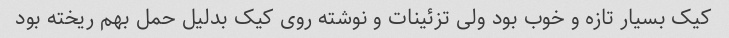
کیک بسیار تازه و خوب بود ولی تزئینات و نوشته روی کیک بدلیل حمل بهم ریخته بود